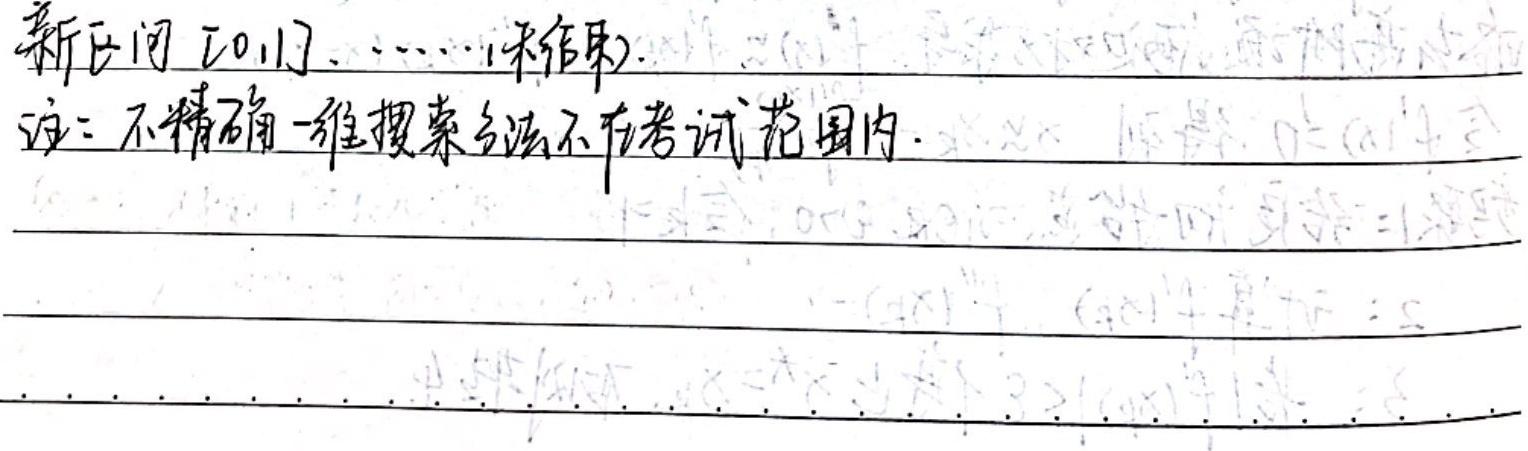
新区间 \([0,1]\)......(未结束)

注：不精确一维搜索方法不在考试范围内.